画像に写った文字を読んでください
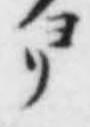
「ヨリ」と書いてあります